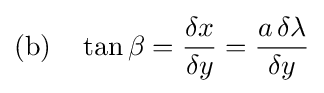
{\text{(b)}}\quad \tan \beta ={\frac {\delta x}{\delta y}}={\frac {a\,\delta \lambda }{\delta y}}